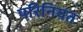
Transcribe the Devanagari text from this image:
परिनियत